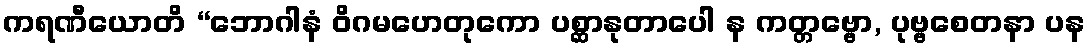
ကရဏီယောတိ “ဘောဂါနံ ဝိဂမဟေတုကော ပစ္ဆာနုတာပေါ န ကတ္တဗ္ဗော, ပုဗ္ဗစေတနာ ပန